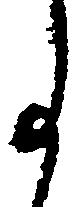
事